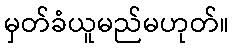
မှတ်ခံယူမည်မဟုတ်။